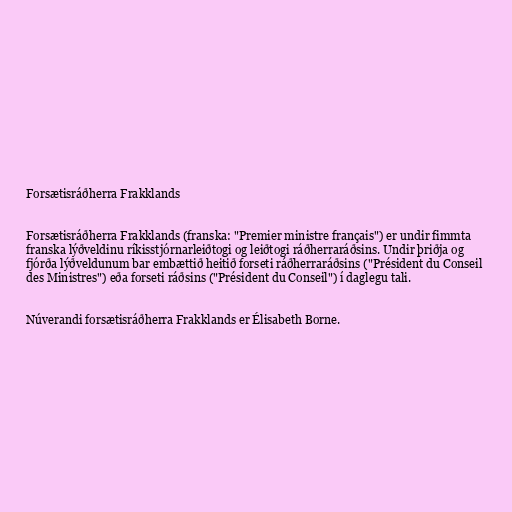
Forsætisráðherra Frakklands

Forsætisráðherra Frakklands (franska: "Premier ministre français") er undir fimmta
franska lýðveldinu ríkisstjórnarleiðtogi og leiðtogi ráðherraráðsins. Undir þriðja og
fjórða lýðveldunum bar embættið heitið forseti ráðherraráðsins ("Président du Conseil
des Ministres") eða forseti ráðsins ("Président du Conseil") í daglegu tali.

Núverandi forsætisráðherra Frakklands er Élisabeth Borne.